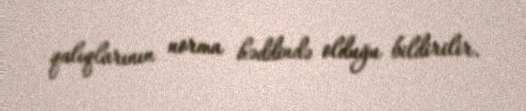
qalıqlarının norma həddində olduğu bildirilir.